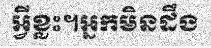
អ្វីខ្លះ។អ្នកមិនដឹង